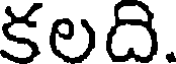
కలది.